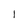
Character: 1